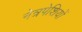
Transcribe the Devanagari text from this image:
नेत्रपेशियों